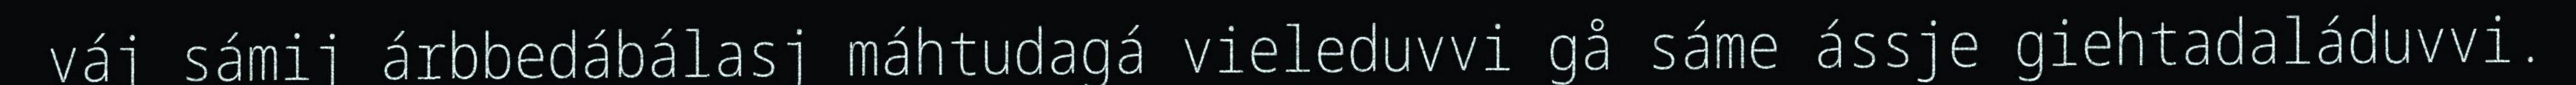
váj sámij árbbedábálasj máhtudagá vieleduvvi gå sáme ássje giehtadaláduvvi.